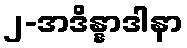
၂-အဒိန္နာဒါနာ